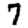
Digit: 7